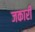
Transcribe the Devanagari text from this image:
जकारी